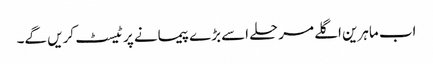
اب ماہرین اگلے مرحلے اسے بڑے پیمانے پر ٹیسٹ کریں گے۔